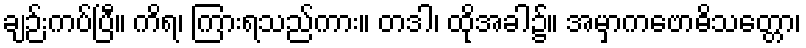
ချဉ်းကပ်ပြီ။ ကိရ၊ ကြားရသည်ကား။ တဒါ၊ ထိုအခါ၌။ အမှာကဗောဓိသတ္တော၊